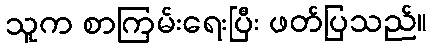
သူက စာကြမ်းရေးပြီး ဖတ်ပြသည်။